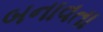
બનાવતા